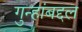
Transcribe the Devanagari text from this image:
गुन्हांबद्दल